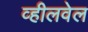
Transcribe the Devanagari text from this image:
व्हीलवेल